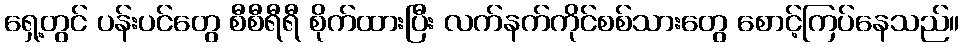
ရှေ့တွင် ပန်းပင်တွေ စီစီရီရီ စိုက်ထားပြီး လက်နက်ကိုင်စစ်သားတွေ စောင့်ကြပ်နေသည်။